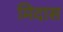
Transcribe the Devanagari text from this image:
मिदास